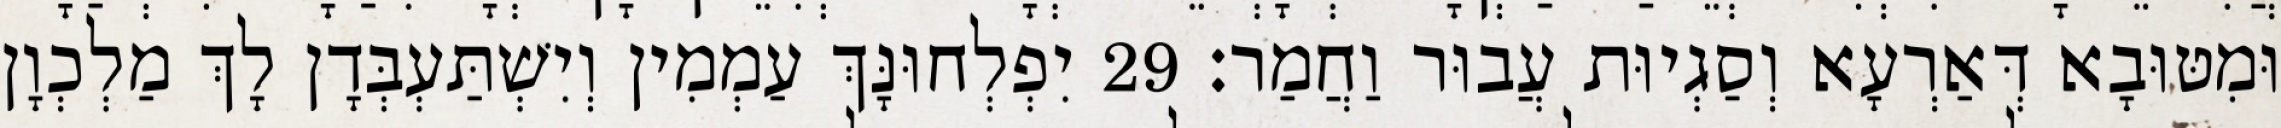
וּמִטּוּבָא דְּאַרְעָא וְסַגְיוּת עֲבוּר וַחֲמַר׃ 29 יִפְלְחוּנָּךְ עַמְמִין וְיִשְׁתַּעְבְּדָן לָךְ מַלְכְוָן